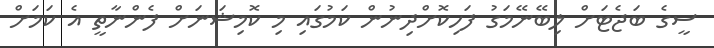
ސީގެ ބަޖެޓަށް ލިބޭނޭމަގު ފަހިކޮށްދިނުން ކަމުގައި މި ކޮމިޝަނަށް ފެންނާތީ އެ ކަމަށް